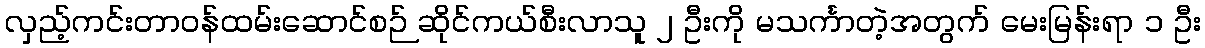
လှည့်ကင်းတာဝန်ထမ်းဆောင်စဉ် ဆိုင်ကယ်စီးလာသူ ၂ ဦးကို မသင်္ကာတဲ့အတွက် မေးမြန်းရာ ၁ ဦး